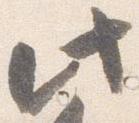
此